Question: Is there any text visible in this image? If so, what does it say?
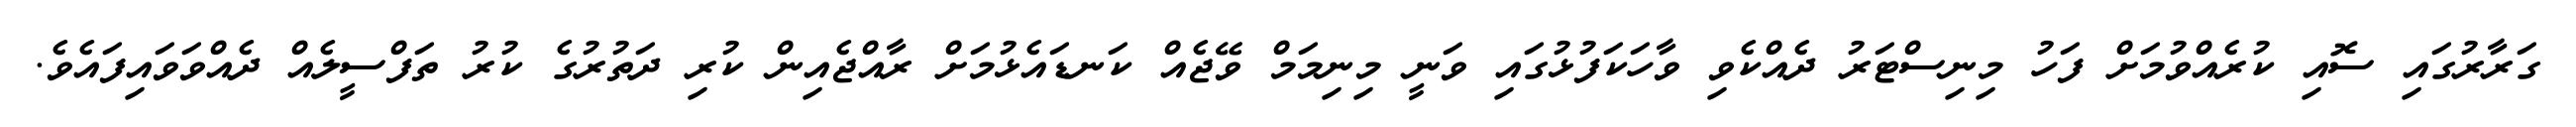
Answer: ގަރާރުގައި ސޮއި ކުރެއްވުމަށް ފަހު މިނިސްޓަރު ދެއްކެވި ވާހަކަފުޅުގައި ވަނީ މިނިމަމް ވޭޖެއް ކަނޑައެޅުމަށް ރާއްޖެއިން ކުރި ދަތުރުގެ ކުރު ތަފްސީލެއް ދެއްވަވައިފައެވެ.